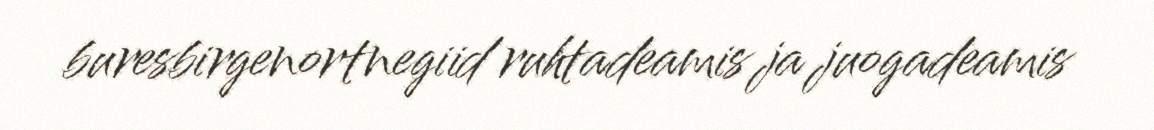
buresbirgenortnegiid ruhtadeamis ja juogadeamis